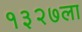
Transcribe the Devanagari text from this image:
१३२७ला